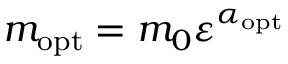
m _ { \mathrm { o p t } } = m _ { 0 } \varepsilon ^ { \alpha _ { \mathrm { o p t } } }